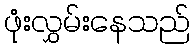
ဖုံးလွှမ်းနေသည်